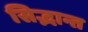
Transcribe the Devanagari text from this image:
सिद्भान्त